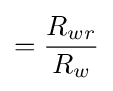
={\frac {R_{wr}}{R_{w}}}